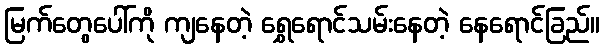
မြက်တွေပေါ်ကို ကျနေတဲ့ ရွှေရောင်သမ်းနေတဲ့ နေရောင်ခြည်။